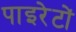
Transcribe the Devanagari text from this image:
पाइरेटों